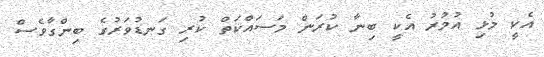
އެކީ މުޅި އުމުރު އެކީ ބިނާ ކުރަން މަސަައްކަތް ކުރި ގަނޑުވަރުގެ ބިންގާވެސް